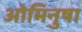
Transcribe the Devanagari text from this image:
ओमिनुषा